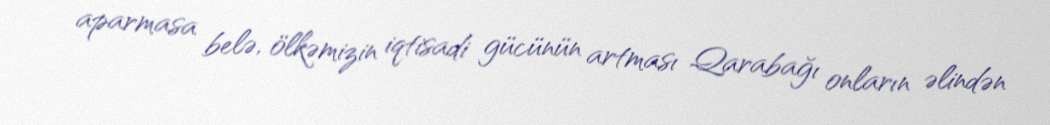
aparmasa belə, ölkəmizin iqtisadi gücünün artması Qarabağı onların əlindən